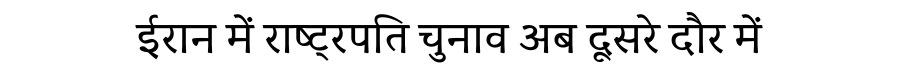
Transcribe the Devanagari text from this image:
ईरान में राष्ट्रपति चुनाव अब दूसरे दौर में